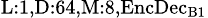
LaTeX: _{\textrm{L}:1,\textrm{D}:64,\textrm{M}:8,\textrm{EncDec}_{\textrm{B}1}}